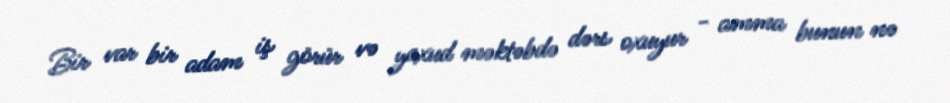
Bir var bir adam iş görür və yaxud məktəbdə dərs oxuyur - amma bunun nə